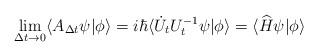
LaTeX: \begin{align*}\lim_{\Delta t\rightarrow0}\langle A_{\Delta t}\psi|\phi\rangle=i\hbar\langle\dot{U}_{t}U_{t}^{-1}\psi|\phi\rangle=\langle\widehat{H}\psi|\phi\rangle \end{align*}